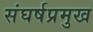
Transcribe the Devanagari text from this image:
संघर्षप्रमुख